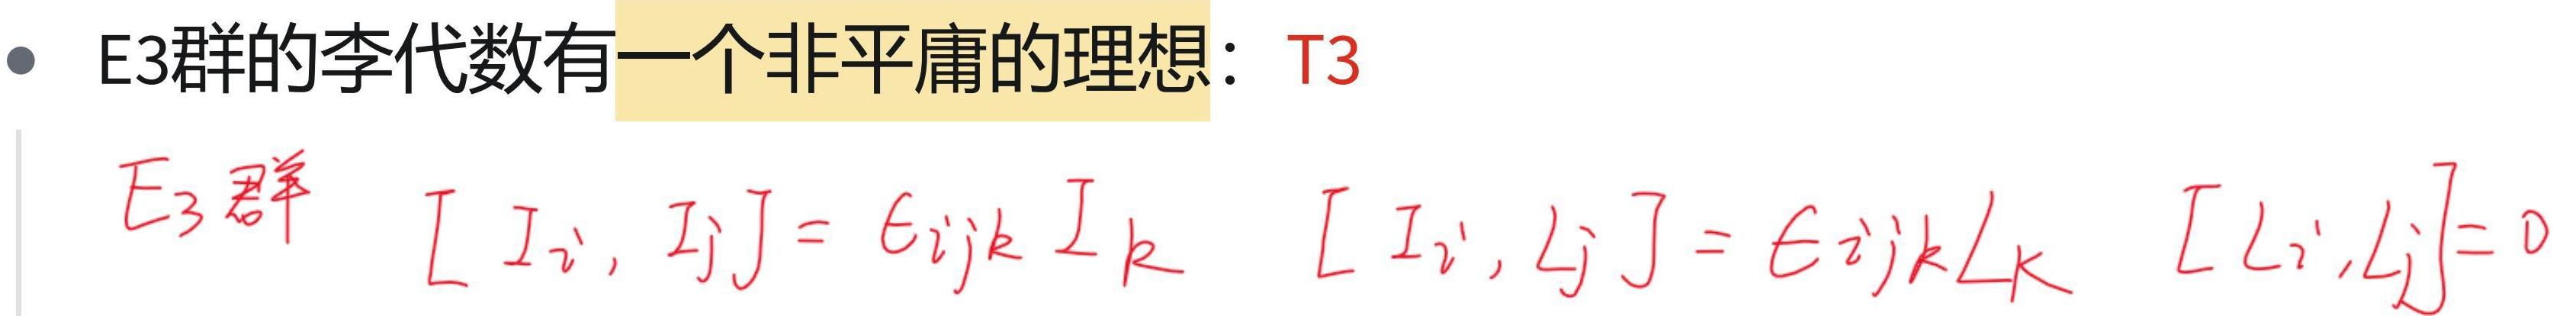
E3群的李代数有一个非平庸的理想：T3

$E3\text{群}\quad [I_i, I_j] = \epsilon_{ijk} I_k\quad [I_i, L_j] = \epsilon_{ijk}L_k\quad [L_i, L_j]=0$